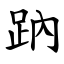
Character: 䟜